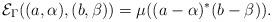
LaTeX: \begin{gather*}{\mathcal E}_\Gamma((a, \alpha), (b, \beta))=\mu((a-\alpha)^*(b-\beta)).\end{gather*}